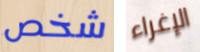
شخص الإغراء